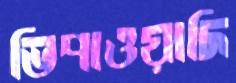
ভিপাওয়াদি